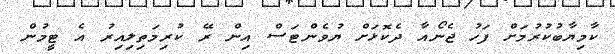
ކާމިޔާބުކުރުމަށް ފަހު ޖެނޯއާ ދެކޮޅަށް ޔުވެންޓަސް އިން ރޭ ކުރިމަތިލިއިރު އެ ޓީމުން